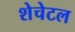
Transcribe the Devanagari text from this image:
शेचेटल